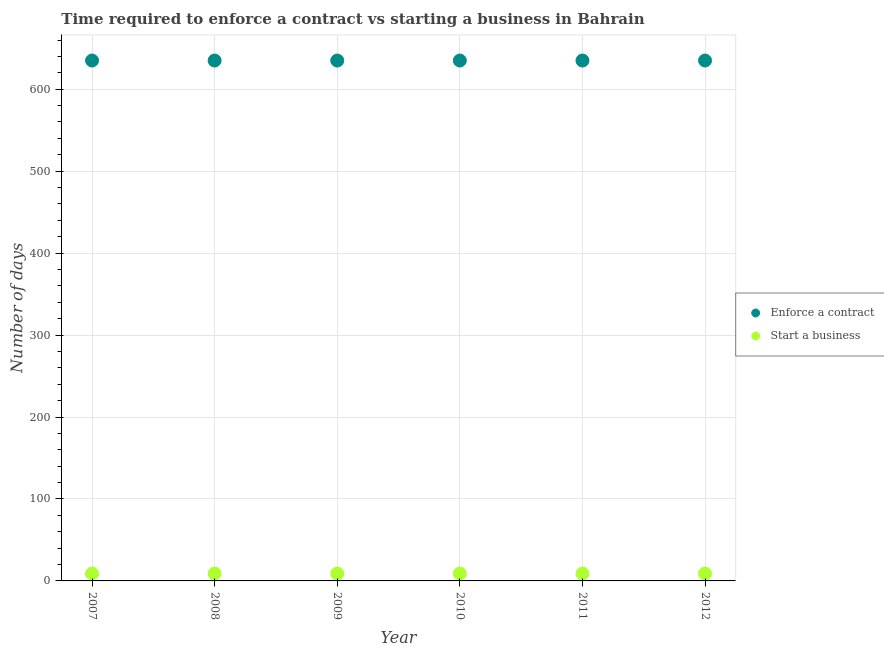
| Year | Enforce a contract | Start a business |
 | --- | --- | --- |
 | 2007 | 635 | 9 |
 | 2008 | 635 | 9 |
 | 2009 | 635 | 9 |
 | 2010 | 635 | 9 |
 | 2011 | 635 | 9 |
 | 2012 | 635 | 9 |